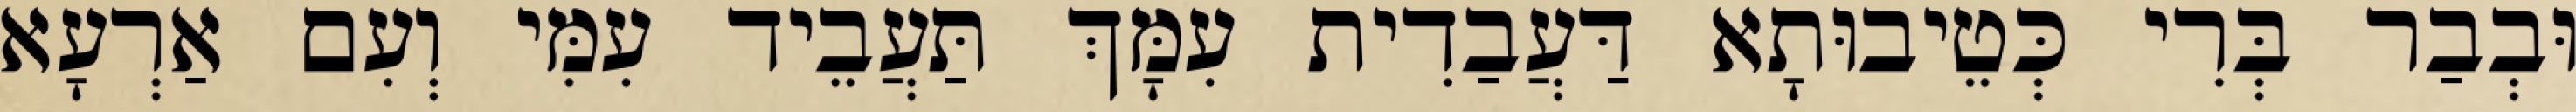
וּבְבַר בְּרִי כְּטֵיבוּתָא דַּעֲבַדִית עִמָּךְ תַּעֲבֵיד עִמִּי וְעִם אַרְעָא